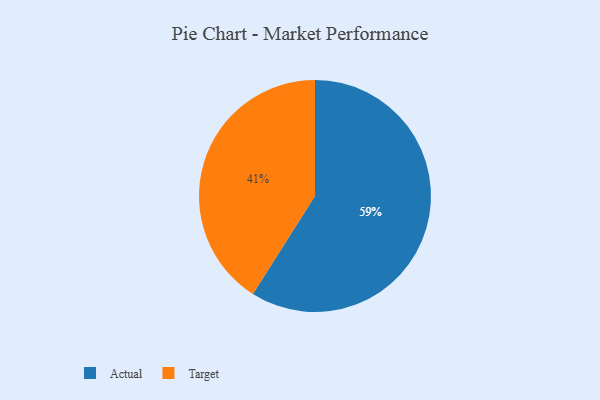
{"axis": {"x": "Category", "y": "Percentage"}, "legend": ["Actual", "Target"], "data": [{"x": "Target", "y": 41, "type": "Target"}, {"x": "Actual", "y": 59, "type": "Actual"}]}